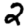
Digit: 2